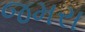
જમરા